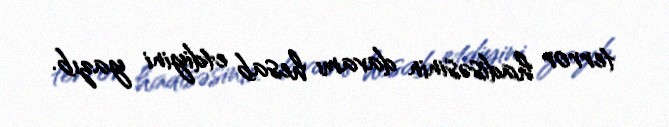
terror hadisəsinin davamı hesab etdiyini yazıb.